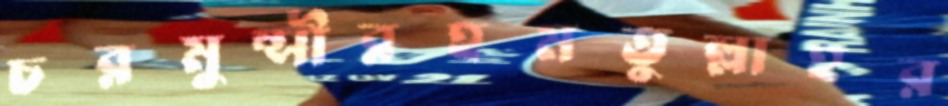
চরমুন্সীরহমতুল্লাহর